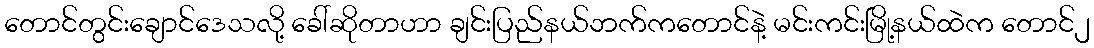
တောင်တွင်းချောင်ဒေသလို့ ခေါ်ဆိုတာဟာ ချင်းပြည်နယ်ဘက်ကတောင်နဲ့ မင်းကင်းမြို့နယ်ထဲက တောင်၂